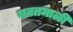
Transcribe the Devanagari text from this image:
यवतमाळी